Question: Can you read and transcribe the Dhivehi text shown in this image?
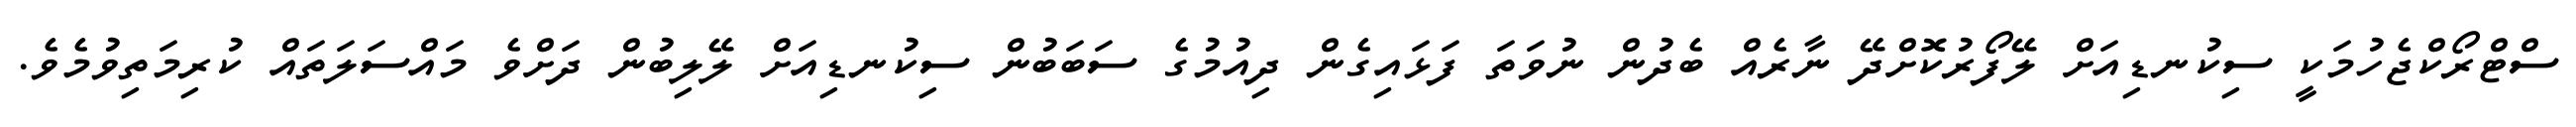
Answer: ސްޓްރޯކްޖެހުމަކީ ސިކުނޑިއަށް ލޭފޯރުކޮށްދޭ ނާރެއް ބެދުން ނުވަތަ ފަޅައިގެން ދިއުމުގެ ސަބަބުން ސިކުނޑިއަށް ލޭލިބުން ދަށްވެ މައްސަލަތައް ކުރިމަތިވުމެވެ.